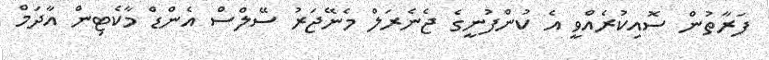
ފަރާތުން ސޮއިކުރެއްވީ އެ ކުންފުނީގެ ޖެނެރަލް މެނޭޖަރު ސޭލްސް އެންޑް މާކެޓިން އާދަމް